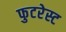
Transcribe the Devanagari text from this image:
फुटरेस्ट